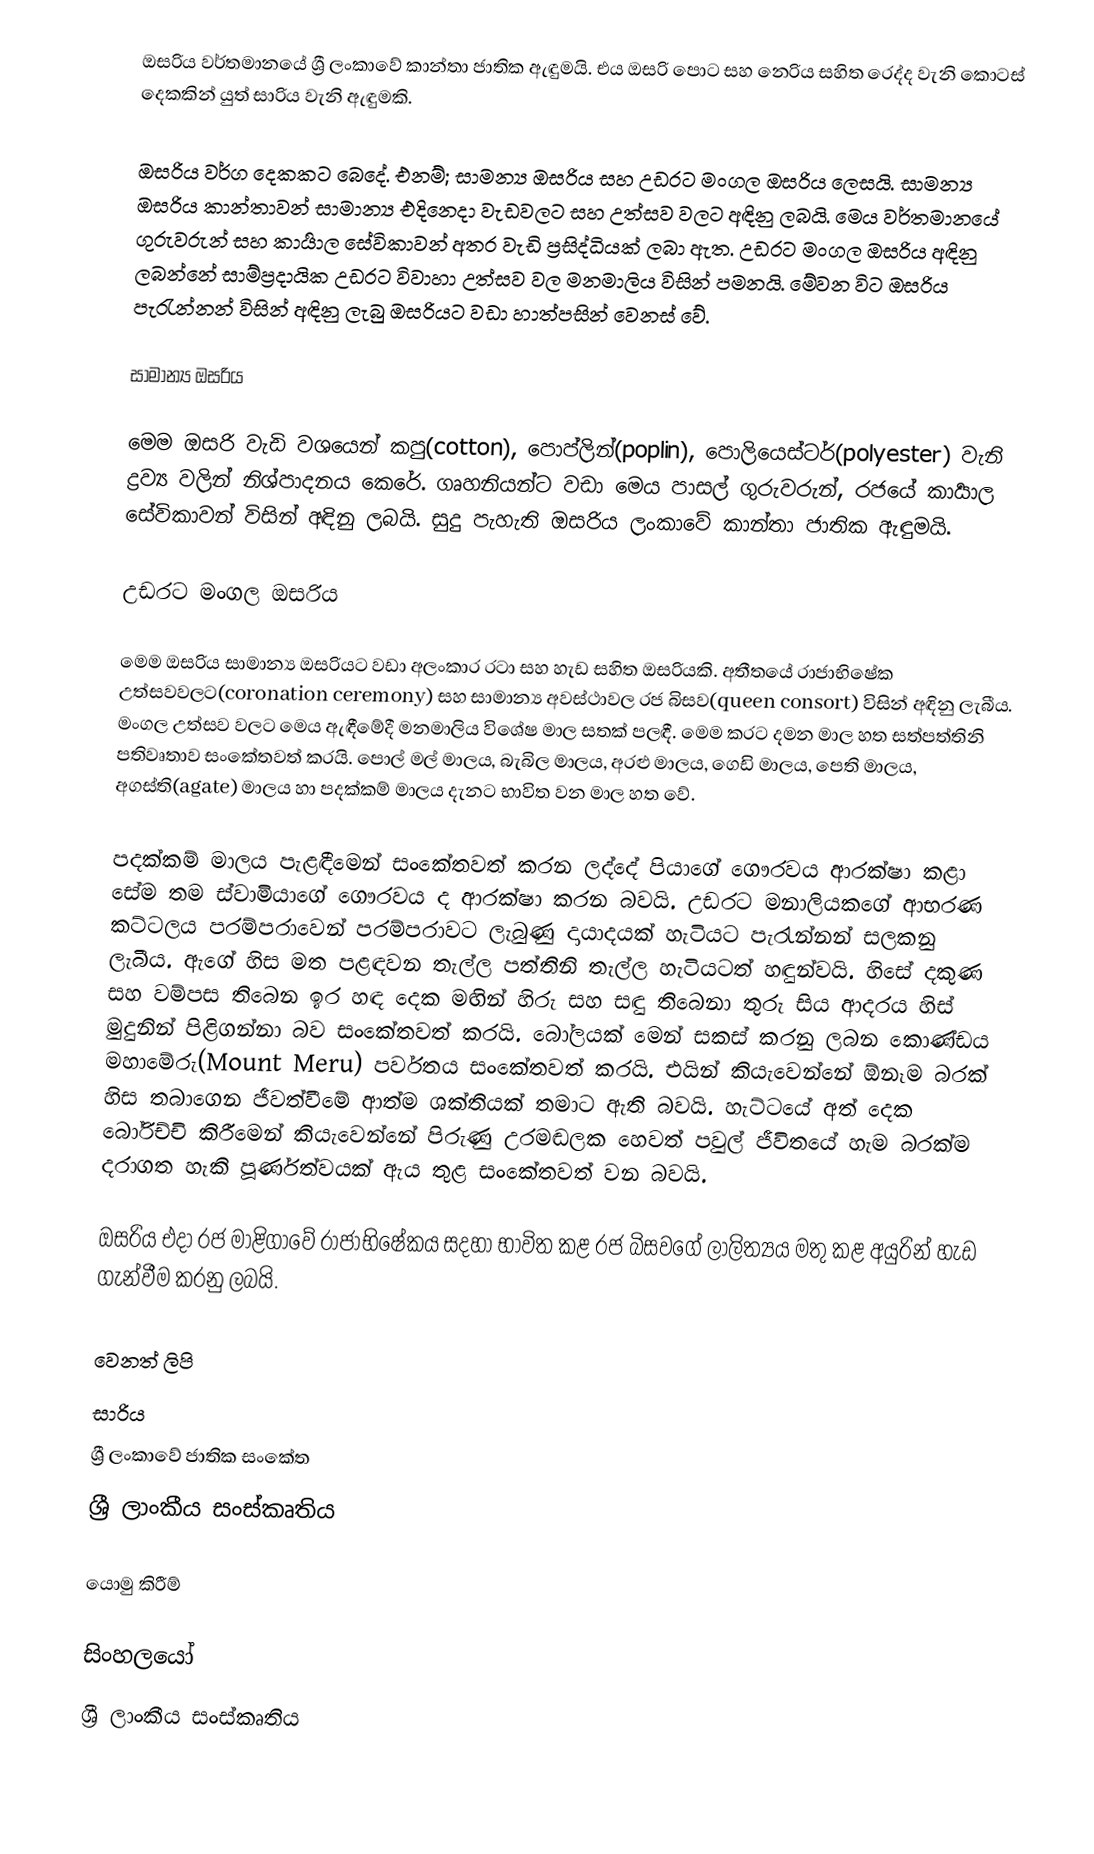
ඔසරිය වර්තමානයේ ශ්‍රී ලංකාවේ කාන්තා ජාතික  ඇඳුමයි. එය ඔසරි පොට සහ නෙරිය සහිත රෙද්ද වැනි කොටස් දෙකකින් යුත් සාරිය වැනි ඇඳුමකි.

ඔසරිය වර්ග දෙකකට බෙදේ. එනම්; සාමන්‍ය ඔසරිය සහ උඩරට මංගල ඔසරිය ලෙසයි. සාමන්‍ය ඔසරිය කාන්තාවන් සාමාන්‍ය එදිනෙදා වැඩවලට සහ උත්සව වලට අඳිනු ලබයි. මෙය වර්තමානයේ ගුරුවරුන් සහ කාර්‍යාල සේවිකාවන් අතර වැඩි ප්‍රසිද්ධියක් ලබා ඇත. උඩරට මංගල ඔසරිය අඳිනු ලබන්නේ සාම්ප්‍රදායික උඩරට විවාහා උත්සව වල මනමාලිය විසින් පමනයි. මේවන විට ඔසරිය පැරැන්නන් විසින් අඳිනු ලැබු ඔසරියට වඩා හාත්පසින් වෙනස් වේ.

සාමාන්‍ය ඔසරිය

මෙම ඔසරි වැඩි වශයෙන් කපු(cotton), පොප්ලින්(poplin), පොලියෙස්ටර්(polyester) වැනි ද්‍රව්‍ය වලින් නිශ්පාදනය කෙරේ. ගෘහනියන්ට වඩා මෙය පාසල් ගුරුවරුන්, රජයේ කාර්‍යාල සේවිකාවන් විසින් අඳිනු ලබයි. සුදු පැහැති ඔසරිය ලංකාවේ කාන්තා ජාතික ඇඳුමයි.

උඩරට මංගල ඔසරිය

මෙම ඔසරිය සාමාන්‍ය ඔසරියට වඩා අලංකාර රටා සහ හැඩ සහිත ඔසරියකි. අතීතයේ රාජාභිෂේක උත්සවවලට(coronation ceremony)  සහ සාමාන්‍ය අවස්ථාවල රජ බිසව(queen consort) විසින් අඳිනු ලැබීය. මංගල උත්සව වලට මෙය ඇඳීමේදී මනමාලිය විශේෂ මාල සතක් පලඳී. මෙම කරට දමන මාල  හත සත්පත්තිනි පතිවෘතාව සංකේතවත් කරයි. පොල් මල් මාලය, බැබිල මාලය, අරළු මාලය, ගෙඩි මාලය, පෙති මාලය, අගස්ති(agate) මාලය හා පදක්කම් මාලය දැනට භාවිත වන මාල හත වේ.

පදක්කම් මාලය පැළඳීමෙන් සංකේතවත් කරන ලද්දේ පියාගේ ගෞරවය ආරක්ෂා කළා සේම තම ස්වාමියාගේ ගෞරවය ද ආරක්ෂා කරන බවයි. උඩරට මනාලියකගේ ආභරණ කට්ටලය පරම්පරාවෙන් පරම්පරාවට ලැබුණු දායාදයක් හැටියට පැරැන්නන් සලකනු ලැබීය. ඇගේ හිස මත පළඳවන තැල්ල පත්තිනි තැල්ල හැටියටත් හඳුන්වයි. හිසේ දකුණ සහ වම්පස තිබෙන ඉර හඳ දෙක මඟින් හිරු සහ සඳු තිබෙනා තුරු සිය ආදරය හිස් මුදුනින් පිළිගන්නා බව සංකේතවත් කරයි. බෝලයක් මෙන් සකස් කරනු ලබන කොණ්ඩය මහාමේරු(Mount Meru) පර්වතය සංකේතවත් කරයි. එයින් කියැවෙන්නේ ඕනෑම බරක් හිස තබාගෙන ජීවත්වීමේ ආත්ම ශක්තියක් තමාට ඇති බවයි. හැට්ටයේ අත් දෙක බෝරිච්චි කිරීමෙන් කියැවෙන්නේ පිරුණු උරමඬලක හෙවත් පවුල් ජීවිතයේ හැම බරක්ම දරාගත හැකි පූර්ණත්වයක් ඇය තුළ සංකේතවත් වන බවයි.

ඔසරිය එදා රජ මාළිගාවේ රාජාභිෂේකය සදහා භාවිත කළ රජ බිසවගේ ලාලිත්‍යය මතු කළ අයුරින් හැඩ ගැන්වීම කරනු ලබයි.

වෙනත් ලිපි
සාරිය
ශ්‍රී ලංකාවේ ජාතික සංකේත
ශ්‍රී ලාංකීය සංස්කෘතිය

යොමු කිරීම්

සිංහලයෝ
ශ්‍රී ලාංකීය සංස්කෘතිය